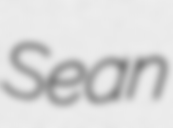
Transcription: Sean